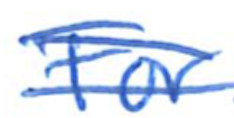
Text: For
Cross-out: double-line
Writing tool: ballpoint